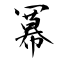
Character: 冪